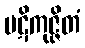
ပဋိကုဇ္ဇိတံ